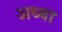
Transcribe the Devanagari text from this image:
अध्या